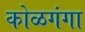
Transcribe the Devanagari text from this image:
कोळगंगा